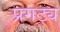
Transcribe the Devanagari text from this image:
प्रगट्य